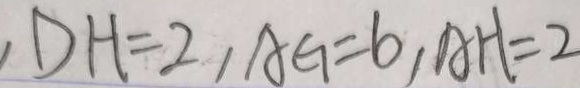
, D H = 2 , A G = 6 , A H = 2